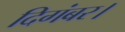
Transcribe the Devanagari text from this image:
दिगंबर।